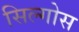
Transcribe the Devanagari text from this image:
सिल्गोस